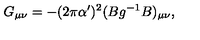
G _ { \mu \nu } = - ( 2 \pi \alpha ^ { \prime } ) ^ { 2 } ( B g ^ { - 1 } B ) _ { \mu \nu } ,